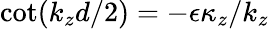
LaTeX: \cot(k_{z}d/2)=-\epsilon\kappa_{z}/k_{z}